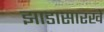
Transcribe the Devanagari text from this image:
झाडासारखे